Leprosy in India: report of the Leprosy Commission in India, 1890-91
Year: 1890
Disease focus: Leprosy
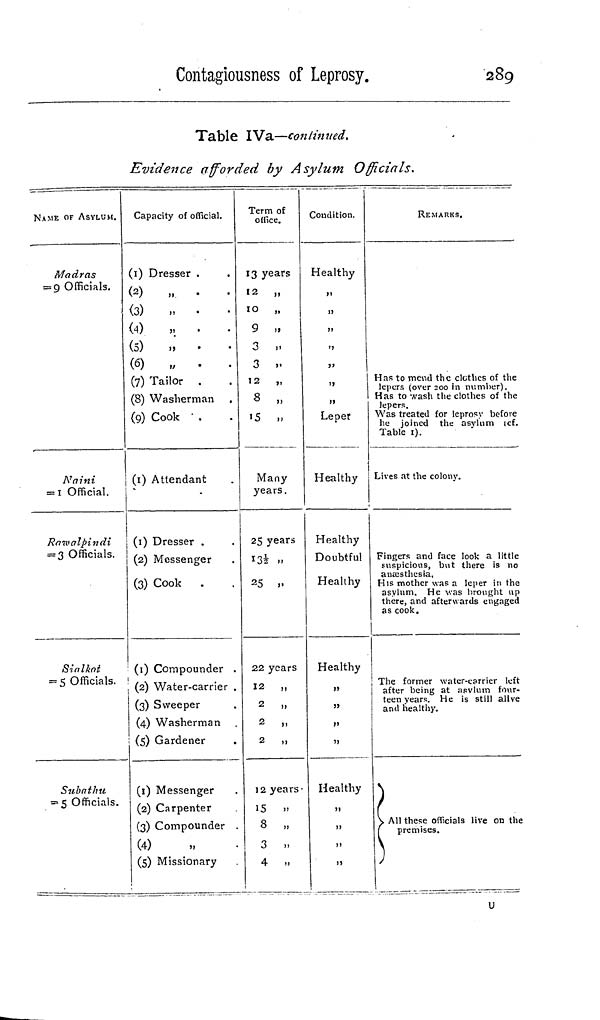
Contagiousness of Leprosy.
289
Table IVa—continued.
Evidence afforded by Asylum Officials.
NAME OF ASYLUM.
Madras
= 9 Officials.
Naini
= 1 Official.
Rawalpindi
= 3 Officials.
Sialkot
= 5 Officials.
Subathu
= 5 Officials.
Capacity of official.
(1) Dresser .
(2)
„
.
(3)
„
(4)
„
.
.
(5)
„
(6)
„
.
.
(7) Tailor .
(8) Washerman
(9) Cook
(1) Attendant
(1) Dresser .
(2) Messenger
(3) Cook .
(1) Compounder .
(2) Water-carrier .
(3) Sweeper
(4) Washerman
(5) Gardener
(1) Messenger
(2) Carpenter
(3) Compounder .
(4)
(5) Missionary
Term of
office.
13 years
12 „
10
„
9 „
3 ,.
3 ».
12 „
8 ,,
15 ,,
Many
years.
25 years
13 1/2 ,,
25 ,,
22 years
12 „
2 „
2 „
2
,,
12 years
15 ,,
8 „
3 ..
4 »
Condition.
Healthy
,,
,,
,,
,,
,,
,,
,,
Leper
Healthy
Healthy
Doubtful
Healthy
Healthy
,,
,,
,,
11
Healthy
,,
,,
,,
REMARKS.
Has to mend the clothes of the
lepers (over 200 in number).
Has to wash the clothes of the
lepers.
Was treated for leprosy before
he joined the asylum (cf.
Table 1).
Lives at the colony.
Fingers and face look a little
suspicious, but there is no
anaesthesia.
His mother was a leper in the
asylum. He was brought up
there, and afterwards engaged
as cook.
The former water-carrier left
after being at asylum four-
teen years. He is still alive
and healthy.
All these officials live on the
premises.
U